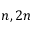
n , 2 n